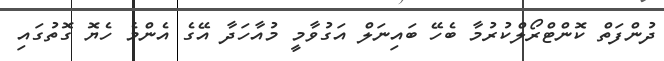
ދުންފަތް ކޮންޓްރޯލްކުރުމާ ބެހޭ ބައިނަލް އަގުވާމީ މުއާހަދާ އޭގެ އެންމެ ހެޔޮ ގޮތުގައި